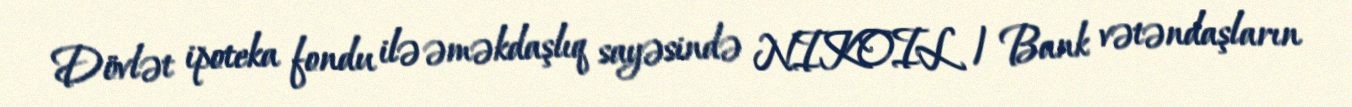
Dövlət ipoteka fondu ilə əməkdaşlıq sayəsində NIKOIL | Bank vətəndaşların